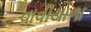
વાવીયાળા